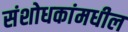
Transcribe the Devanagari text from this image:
संशोधकांमधील